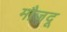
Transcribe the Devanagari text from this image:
मौजदू